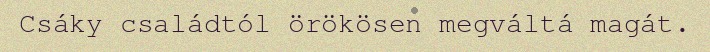
Csáky családtól örökösen megváltá magát.